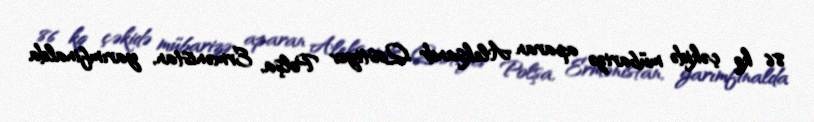
86 kq çəkidə mübarizə aparan Aleksandr Qostiyev Polşa, Ermənistan, yarımfinalda